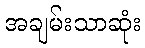
အချမ်းသာဆုံး